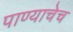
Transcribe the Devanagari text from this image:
पाण्याचेच